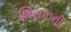
શિરાઝની